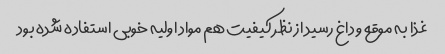
غذا به موقع و داغ رسید از نظر کیفیت هم مواد اولیه خوبی استفاده شده بود